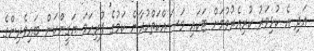
އަދި އެ ކުޅިވަރު ކުރިއެރުވުމަށް ޓަކައި މަސައްކަތްކުރާނެ ކަމުގެ ފުރިހަމަ ޔަގީންކަން ބައިވެރިންގެ